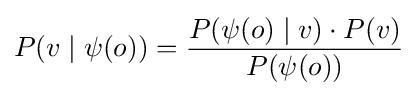
P(v\mid \psi (o))={\frac {P(\psi (o)\mid v)\cdot P(v)}{P(\psi (o))}}